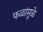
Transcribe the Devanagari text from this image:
फळांमुळे